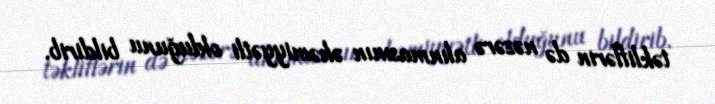
təkliflərin də nəzərə alınmasının əhəmiyyətli olduğunu bildirib.